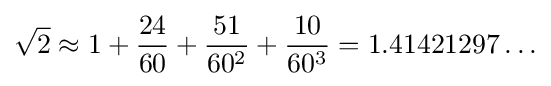
{\sqrt {2}}\approx 1+{\frac {24}{60}}+{\frac {51}{60^{2}}}+{\frac {10}{60^{3}}}=1.41421297\ldots